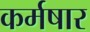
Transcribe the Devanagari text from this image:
कर्मषार